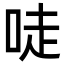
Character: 唗